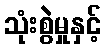
သုံးစွဲမှုနှင့်